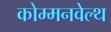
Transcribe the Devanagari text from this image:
कोम्मनवेल्थ